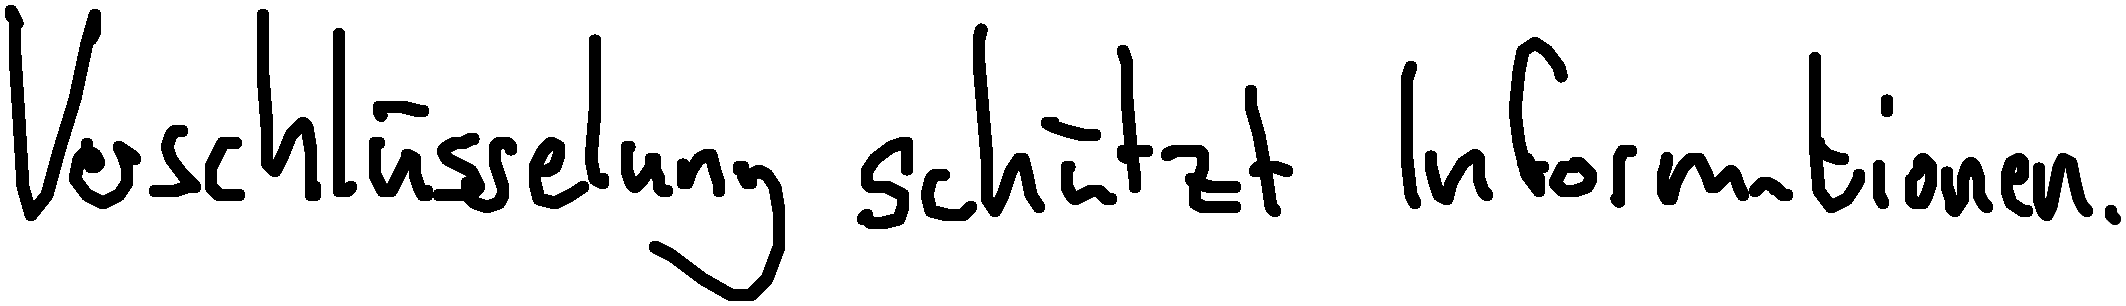
Verschlüsselung schützt Informationen.